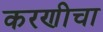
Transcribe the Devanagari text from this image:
करणीचा